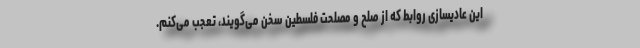
این عادیسازی روابط که از صلح و مصلحت فلسطین سخن می‌گویند، تعجب می‌کنم.